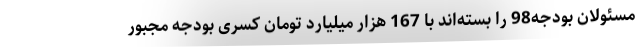
مسئولان بودجه98 را بسته‌اند با 167 هزار میلیارد تومان کسری بودجه مجبور